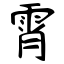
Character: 霄